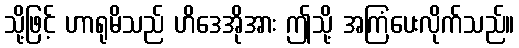
သို့ဖြင့် ဟာရုမိသည် ဟိဒေအိုအား ဤသို့ အကြံပေးလိုက်သည်။